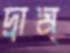
দ্রাম্